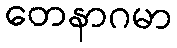
တေနာဂမာ